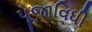
પૂજાવિધી